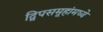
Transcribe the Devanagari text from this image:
द्विपसमूहांमध्ये